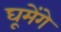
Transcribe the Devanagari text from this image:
घूमेंगे